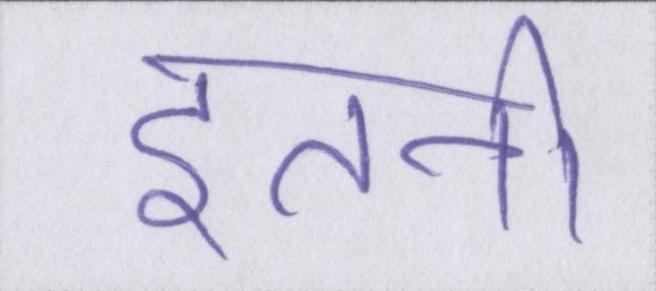
इतनी